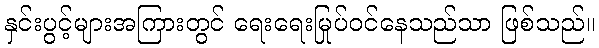
နှင်းပွင့်များအကြားတွင် ရေးရေးမြုပ်ဝင်နေသည်သာ ဖြစ်သည်။